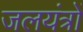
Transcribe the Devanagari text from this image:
जलयंत्रों